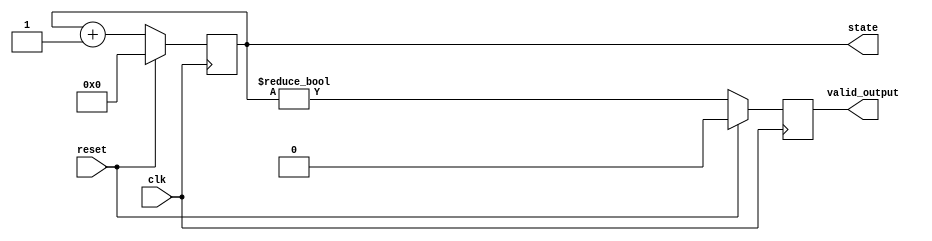
module reset_condition (
    input wire clk,            // Clock signal
    input wire reset,          // Active high reset signal
    output reg [7:0] state,    // Internal state (8-bit as an example)
    output reg valid_output     // Output signal
);

    // Initial values for output signals
    initial begin
        state = 8'b0;            // Initialize state to 0
        valid_output = 1'b0;     // Initialize output to low
    end

    // Synchronous reset condition
    always @(posedge clk) begin
        if (reset) begin
            state <= 8'b0;                      // Reset state to initial value
            valid_output <= 1'b0;               // Reset output to known state
        end else begin
            // Normal operational logic
            // (Insert your operational logic here)
            // Example of incrementing state:
            state <= state + 1;                  // Just a placeholder logic
            valid_output <= (state != 8'b0);     // Example output logic based on state
        end
    end

endmodule